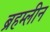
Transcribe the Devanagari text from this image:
ब्रहम्लीन